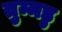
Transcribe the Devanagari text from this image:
तुम्मडु